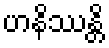
ဟနိဿန္တိ